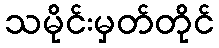
သမိုင်းမှတ်တိုင်